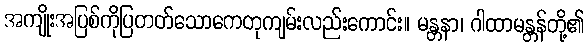
အကျိုးအပြစ်ကိုပြတတ်သောကေတုကျမ်းလည်းကောင်း။ မန္တနာ၊ ဂါထာမန္တန်တို့၏